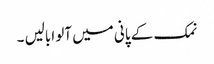
نمک کے پانی میں آلو ابالیں ۔